Vaccination in Bombay 1863-1868 - 1863-1868
Year: 1863
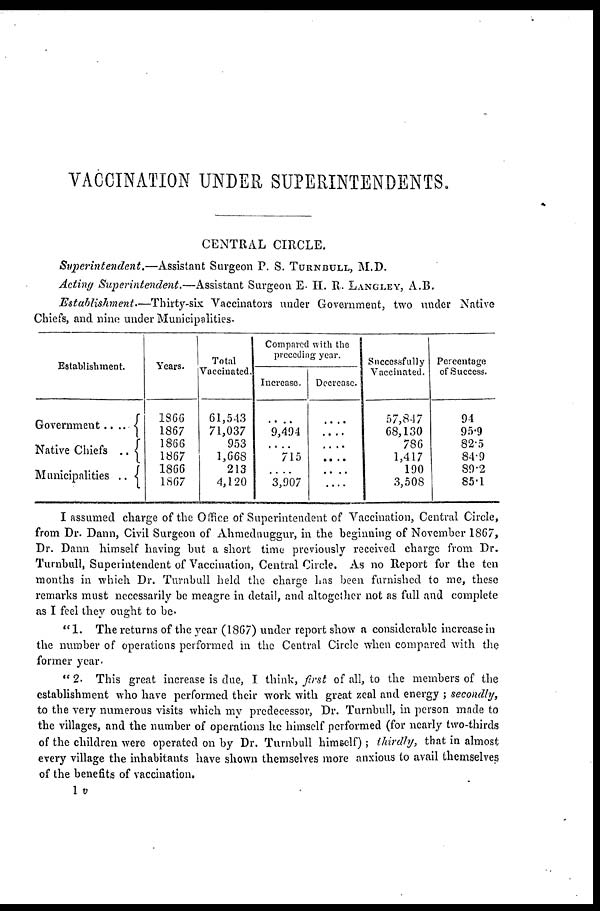
VACCINATION UNDER SUPERINTENDENTS.
CENTRAL CIRCLE.
Superintendent.—Assistant
Surgeon P. S. TURNBULL, M.D.
Acting Superintendent.—Assistant
Surgeon E. H. R. LANGLEY, A.B.
Establishment.—Thirty-six
Vaccinators under Government, two under Native
Chiefs, and nine under Municipalities.
Establishment.
Government.. ..
Native Chiefs ..
Municipalities ..
Years.
1866
1867
1866
1867
1866
1867
Total
Vaccinated.
61,543
71,037
953
1,668
213
4,120
Compared with the
preceding year.
Increase.
....
9,494
....
715
....
3,907
Decrease.
....
....
....
....
....
....
Successfully
Vaccinated.
57,847
68,130
786
1,417
190
3,508
Percentage
of Success.
94
95.9
82.5
84.9
89.2
85.1
I assumed charge of the Office of Superintendent of Vaccination, Central Circle,
from Dr. Dann, Civil Surgeon of Ahmednuggur, in the beginning of November 1867,
Dr. Dann himself having but a short time previously received charge from Dr.
Turnbull, Superintendent of Vaccination, Central Circle. As no Report for the ten
months in which Dr. Turnbull held the charge has been furnished to me, these
remarks must necessarily be meagre in detail, and altogether not as full and complete
as I feel they ought to be.
"1. The returns of the year (1867) under report show a considerable increase in
the number of operations performed in the Central Circle when compared with the
former year.
" 2. This great increase is due, I think, first of all, to the members of the
establishment who have performed their work with great zeal and energy ; secondly,
to the very numerous visits which my predecessor, Dr. Turnbull, in person made to
the villages, and the number of operations he himself performed (for nearly two-thirds
of the children were operated on by Dr. Turnbull himself); thirdly, that in almost
every village the inhabitants have shown themselves more anxious to avail themselves
of the benefits of vaccination.
1 v